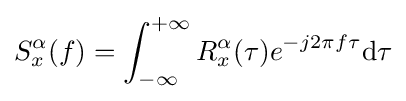
S_{x}^{\alpha }(f)=\int _{-\infty }^{+\infty }R_{x}^{\alpha }(\tau )e^{-j2\pi f\tau }\mathrm {d} \tau